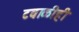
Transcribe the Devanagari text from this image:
टवाळीही